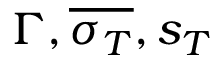
\Gamma , \overline { { \sigma _ { T } } } , s _ { T }